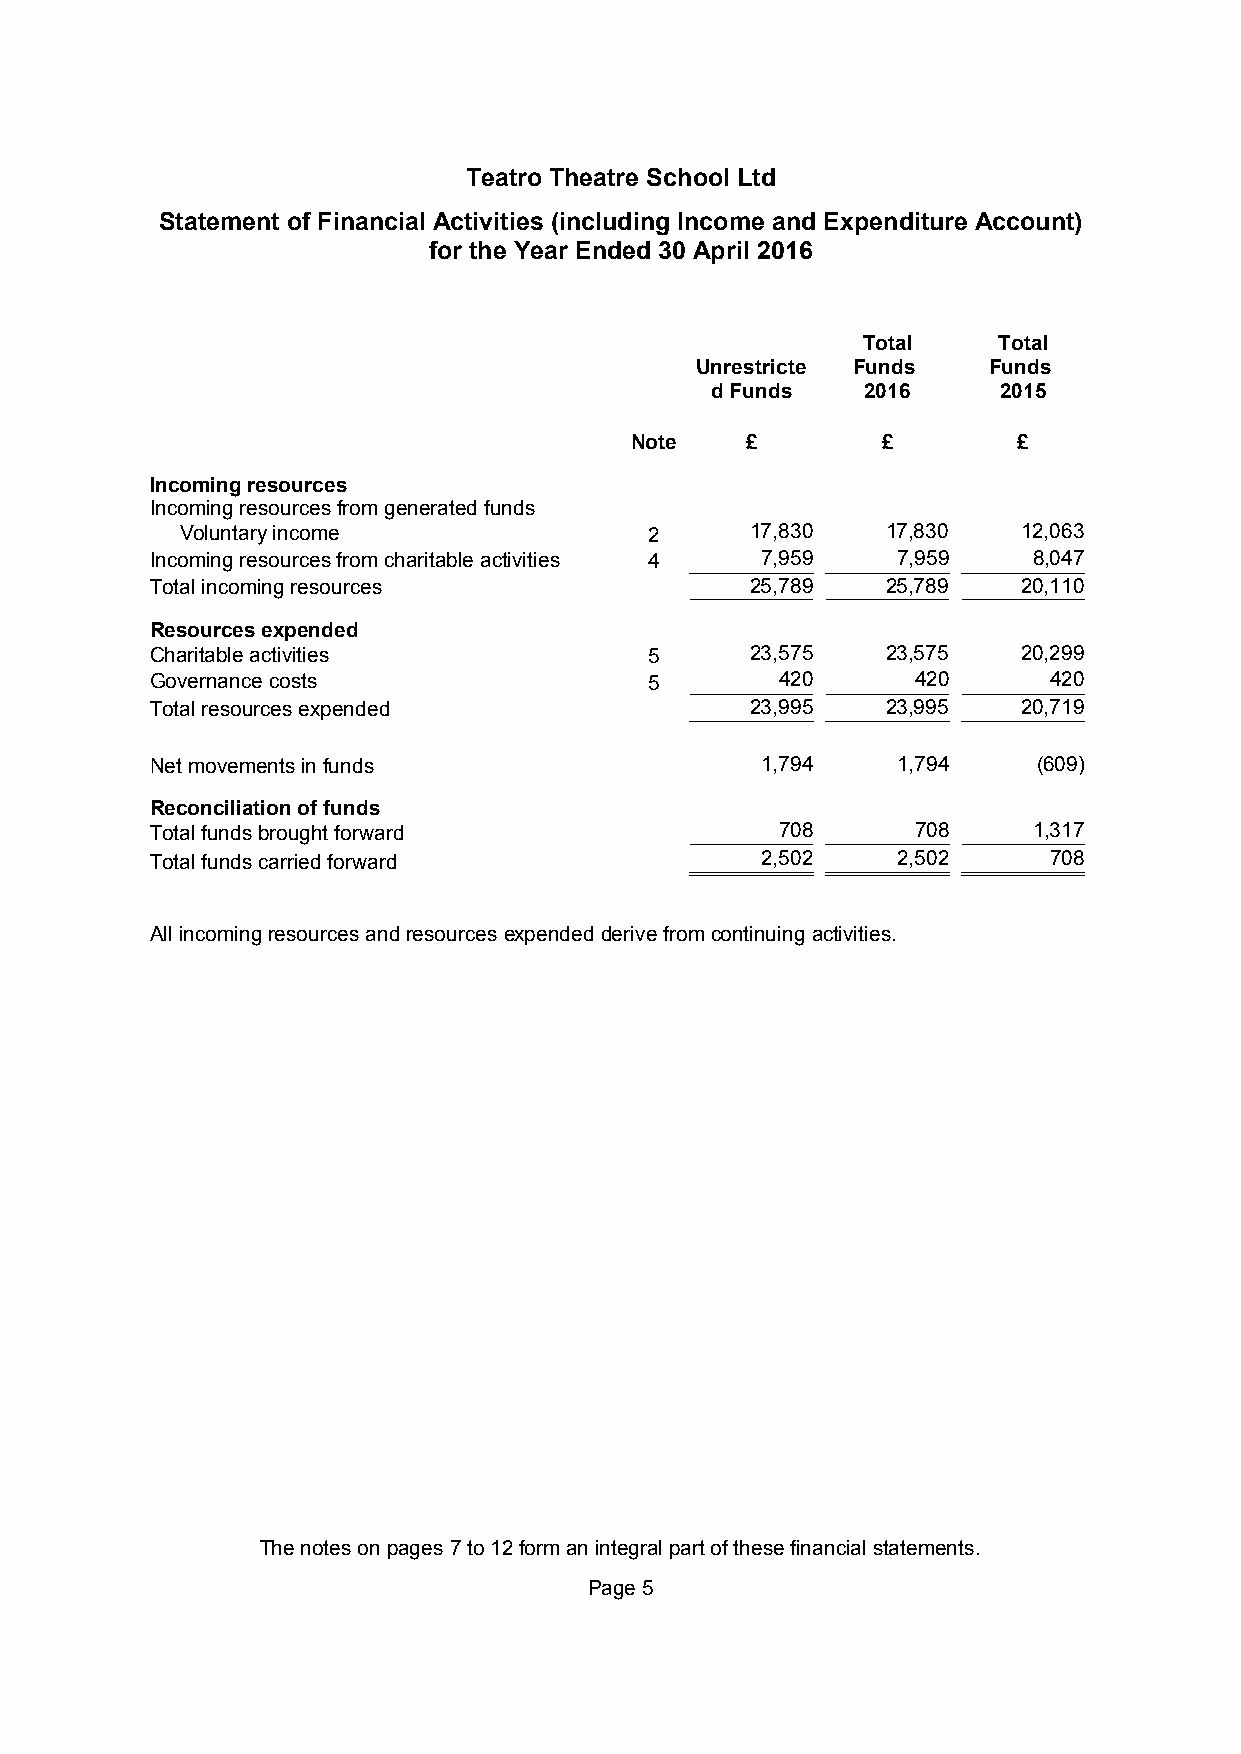
Teatro Theatre School Ltd
 Statement of Financial Activities (including Income and Expenditure Account)
 for the Year Ended 30 April 2016
 Total    Total
 Unrestricte Funds  Funds
 d Funds   2016     2015
 Note   £        £        £
 Incoming resources
 Incoming resources from generated funds
 Voluntary income               2      17,830   17,830   12,063
 Incoming resources from charitable activities 4 7,959 7,959 8,047
 Total incoming resources                25,789   25,789   20,110
 Resources expended
 Charitable activities            5      23,575   23,575   20,299
 Governance costs                 5        420      420      420
 Total resources expended                23,995   23,995   20,719
 Net movements in funds                  1,794    1,794     (609)
 Reconciliation of funds
 Total funds brought forward               708      708    1,317
 Total funds carried forward             2,502    2,502      708
 Allincomingresourcesandresourcesexpendedderivefromcontinuing activities.
 The notes onpages7to12form an integral part of these financial statements.
 Page5